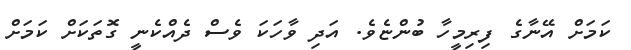
ކަމަށް އޭނާގެ ފިރިމީހާ ބުންޏެވެ. އަދި ވާހަކަ ވެސް ދެއްކެނީ ގޮތަކަށް ކަމަށް